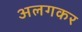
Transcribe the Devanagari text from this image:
अलगकर